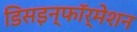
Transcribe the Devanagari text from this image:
डिसइन्फॉर्मेशन